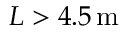
L > 4 . 5 \, \mathrm { m }